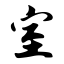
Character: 室